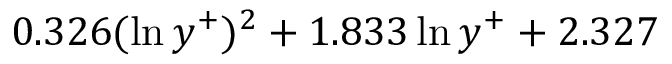
0 . 3 2 6 ( \ln { y ^ { + } } ) ^ { 2 } + 1 . 8 3 3 \ln { y ^ { + } } + 2 . 3 2 7